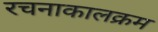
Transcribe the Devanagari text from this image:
रचनाकालक्रम